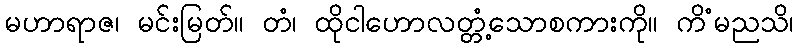
မဟာရာဇ၊ မင်းမြတ်။ တံ၊ ထိုငါဟောလတ္တံ့သောစကားကို။ ကိံမညသိ၊